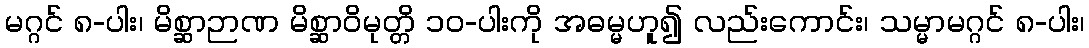
မဂ္ဂင် ၈-ပါး၊ မိစ္ဆာဉာဏ မိစ္ဆာဝိမုတ္တိ ၁၀-ပါးကို အဓမ္မဟူ၍ လည်းကောင်း၊ သမ္မာမဂ္ဂင် ၈-ပါး၊